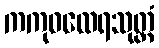
ကကုဓထေရသုတ္တံ